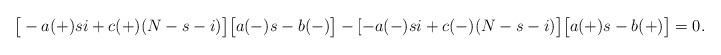
LaTeX: \begin{align*}\big[ -a(+)si+c(+)(N-s-i) \big]\big[a(-)s-b(-)\big]-[ -a(-)si+c(-)(N-s-i) \big]\big[a(+)s-b(+)\big]=0. \end{align*}